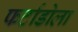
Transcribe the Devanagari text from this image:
फर्टाडोला